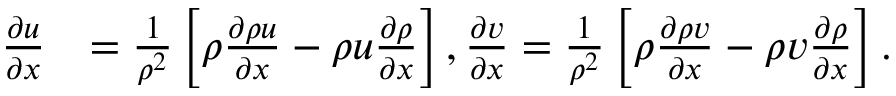
\begin{array} { r l } { \frac { \partial u } { \partial x } } & { = \frac { 1 } { { \rho } ^ { 2 } } \left[ { \rho } \frac { \partial \rho u } { \partial x } - { \rho } { u } \frac { \partial \rho } { \partial x } \right] , \frac { \partial v } { \partial x } = \frac { 1 } { { \rho } ^ { 2 } } \left[ { \rho } \frac { \partial \rho v } { \partial x } - { \rho } { v } \frac { \partial \rho } { \partial x } \right] . } \end{array}